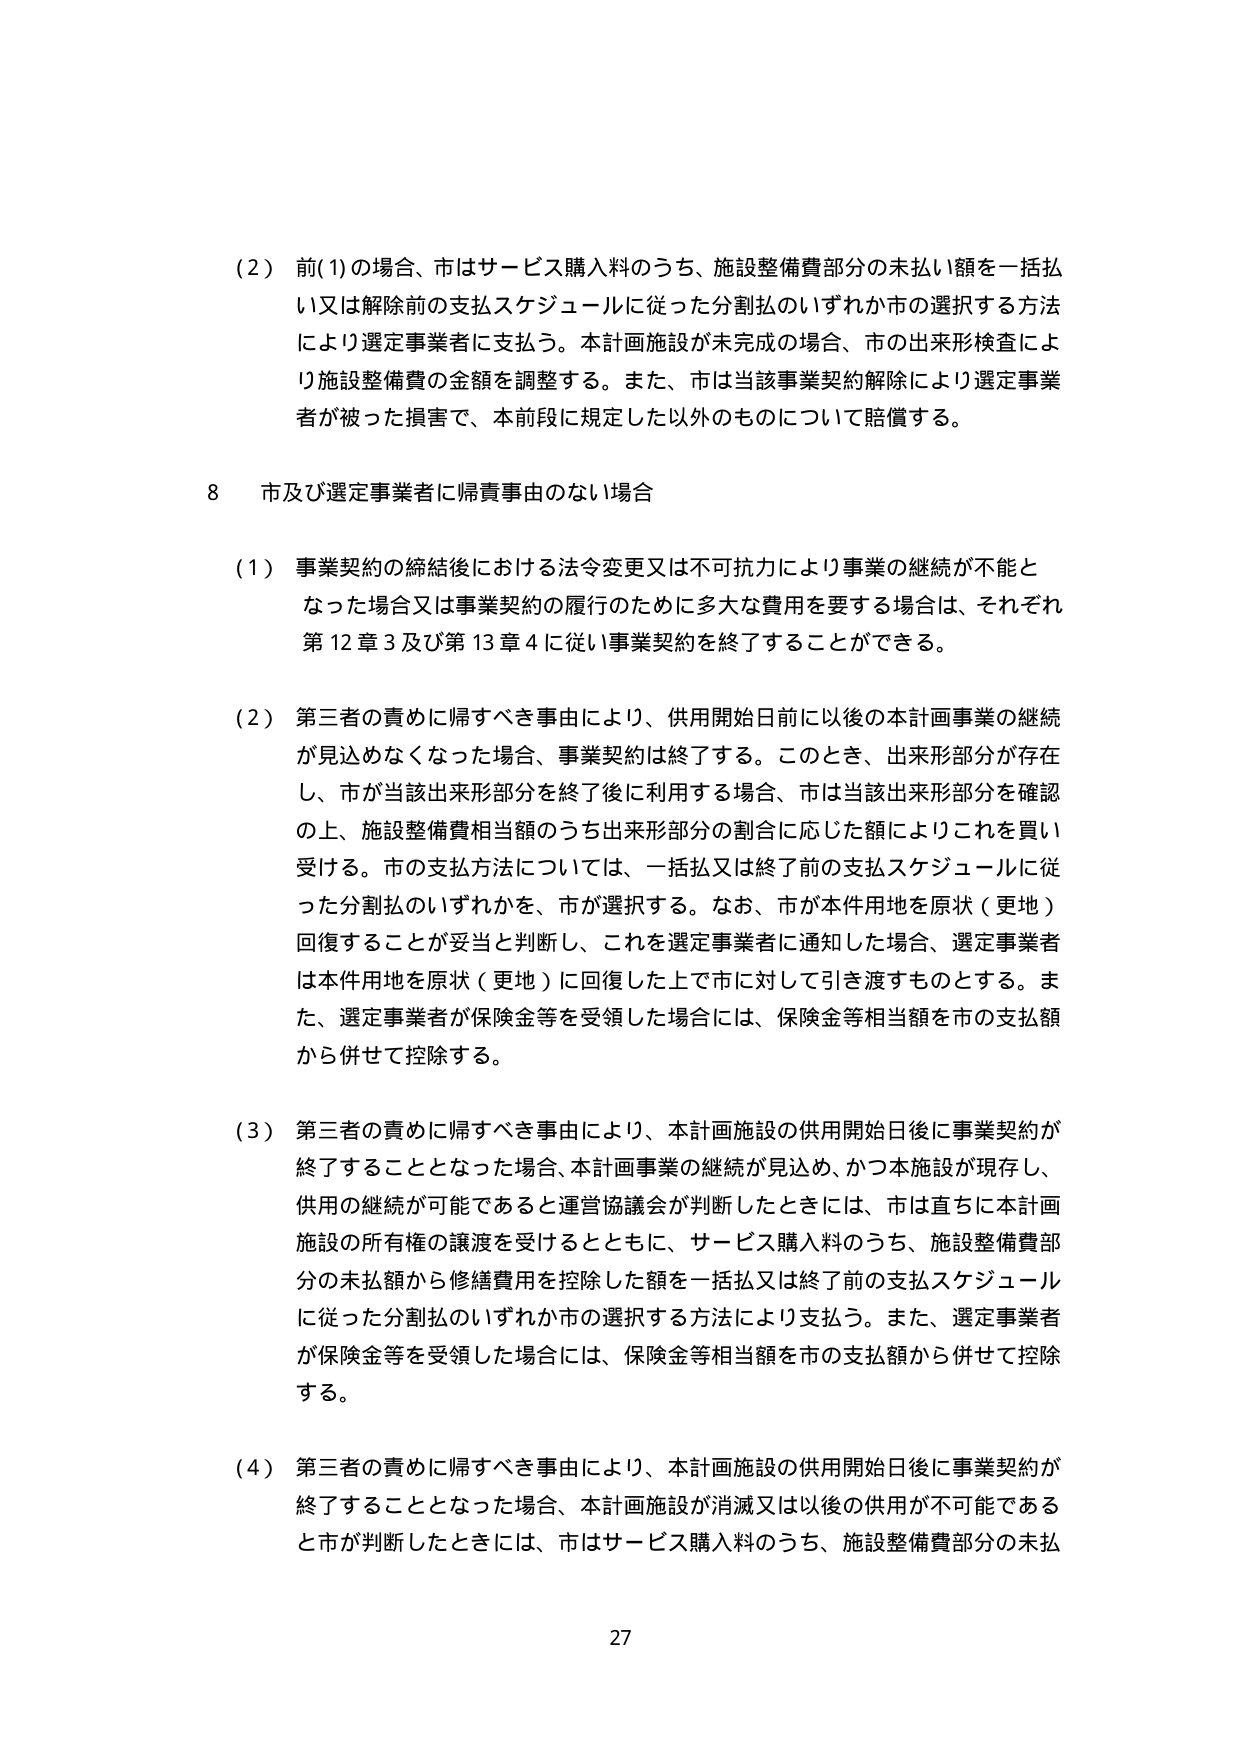
（2）前(1)の場合、市はサービス購入料のうち、施設整備費部分の未払い額を一括払い又は解除前の支払スケジュールに従った分割払いのいずれか市の選択する方法により選定事業者に支払う。本計画施設が未完成の場合、市の出来形検査により施設整備費の金額を調整する。また、市は当該事業契約解除により選定事業者が被った損害で、本前段に規定した以外のものについて賠償する。

8 市及び選定事業者に帰責事由のない場合

（1）事業契約の締結後における法令変更又は不可抗力により事業の継続が不能となった場合又は事業契約の履行のために多大な費用を要する場合は、それぞれ第12章3及び第13章4に従い事業契約を終了することができる。

（2）第三者の責めに帰すべき事由により、供用開始日前に以後の本計画事業の継続が見込めなくなった場合、事業契約は終了する。このとき、出来形部分が存在し、市が当該出来形部分を終了後に利用する場合、市は当該出来形部分を確認の上、施設整備費相当額のうち出来形部分の割合に応じた額によりこれを買い受ける。市の支払方法については、一括払又は終了前の支払スケジュールに従った分割払いのいずれかを、市が選択する。なお、市が本件用地を原状（更地）回復することが妥当と判断し、これを選定事業者に通知した場合、選定事業者は本件用地を原状（更地）に回復した上で市に対して引き渡すものとする。また、選定事業者が保険金等を受領した場合には、保険金等相当額を市の支払額から併せて控除する。

（3）第三者の責めに帰すべき事由により、本計画施設の供用開始日後に事業契約が終了することとなった場合、本計画事業の継続が見込め、かつ本施設が現存し、供用の継続が可能であると運営協議会が判断したときには、市は直ちに本計画施設の所有権の譲渡を受けるとともに、サービス購入料のうち、施設整備費部分の未払額から修繕費用を控除した額を一括払又は終了前の支払スケジュールに従った分割払いのいずれか市の選択する方法により支払う。また、選定事業者が保険金等を受領した場合には、保険金等相当額を市の支払額から併せて控除する。

（4）第三者の責めに帰すべき事由により、本計画施設の供用開始日後に事業契約が終了することとなった場合、本計画施設が消滅又は以後の供用が不可能であると市が判断したときには、市はサービス購入料のうち、施設整備費部分の未払

27